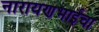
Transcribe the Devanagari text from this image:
नारायणभाईंचा